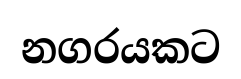
නගරයකට